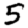
Digit: 5